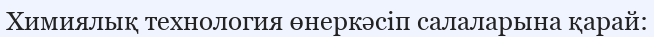
Химиялық технология өнеркәсіп салаларына қарай: